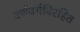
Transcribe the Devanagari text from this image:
वर्णवर्गविरहित